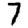
Digit: 7